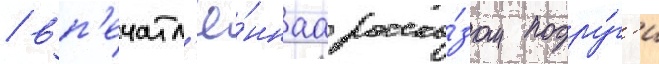
/ вп'ечатл'ё́ннаа расска́зом подру́г'и